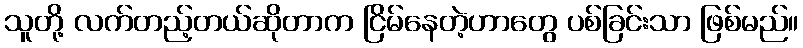
သူတို့ လက်တည့်တယ်ဆိုတာက ငြိမ်နေတဲ့ဟာတွေ ပစ်ခြင်းသာ ဖြစ်မည်။